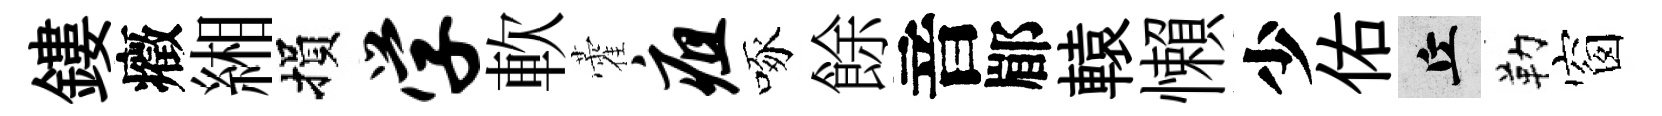
鏤癥緗損学軟藿疽啄餘音郿轅懶少佑丘勒窗